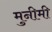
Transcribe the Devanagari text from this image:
मुनीमी